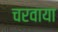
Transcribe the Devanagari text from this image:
चरवाया